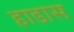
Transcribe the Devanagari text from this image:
हाडास